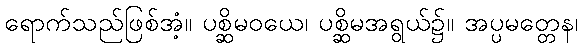
ရောက်သည်ဖြစ်အံ့။ ပစ္ဆိမဝယေ၊ ပစ္ဆိမအရွယ်၌။ အပ္ပမတ္တေန၊